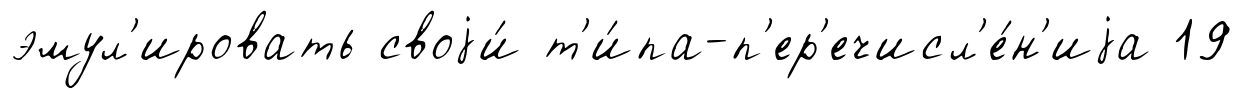
эмул'ировать своjи́ т'и́па-п'ер'ечисл'е́н'иjа 19